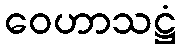
ဝေဟာသဋ္ဌံ